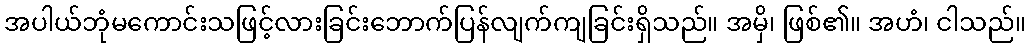
အပါယ်ဘုံမကောင်းသဖြင့်လားခြင်းဘောက်ပြန်လျက်ကျခြင်းရှိသည်။ အမှိ၊ ဖြစ်၏။ အဟံ၊ ငါသည်။